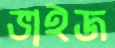
ভাইজ